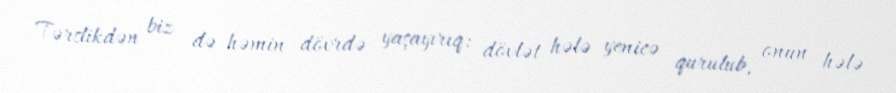
Tərslikdən biz də həmin dövrdə yaşayırıq: dövlət hələ yenicə qurulub, onun hələ